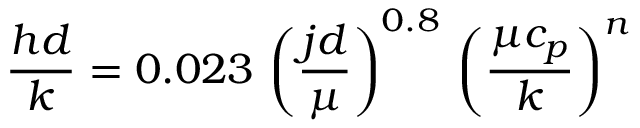
{ \frac { h d } { k } } = { 0 . 0 2 3 } \, \left( { \frac { j d } { \mu } } \right) ^ { 0 . 8 } \, \left( { \frac { \mu c _ { p } } { k } } \right) ^ { n }